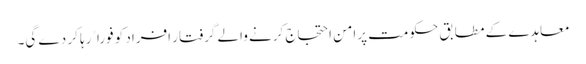
معاہدے کے مطابق حکومت پرامن احتجاج کرنے والے گرفتار افراد کو فوراﹰ رہا کر دے گی۔